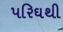
પરિઘથી